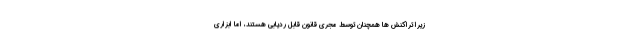
زیرا تراکنش ها همچنان توسط مجری قانون قابل ردیابی هستند، اما ابزاری